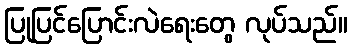
ပြုပြင်ပြောင်းလဲရေးတွေ လုပ်သည်။